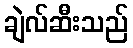
ချဲလ်ဆီးသည်